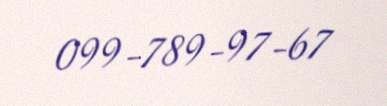
099-789-97-67